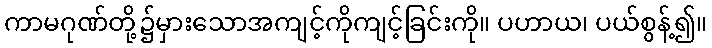
ကာမဂုဏ်တို့၌မှားသောအကျင့်ကိုကျင့်ခြင်းကို။ ပဟာယ၊ ပယ်စွန့်၍။